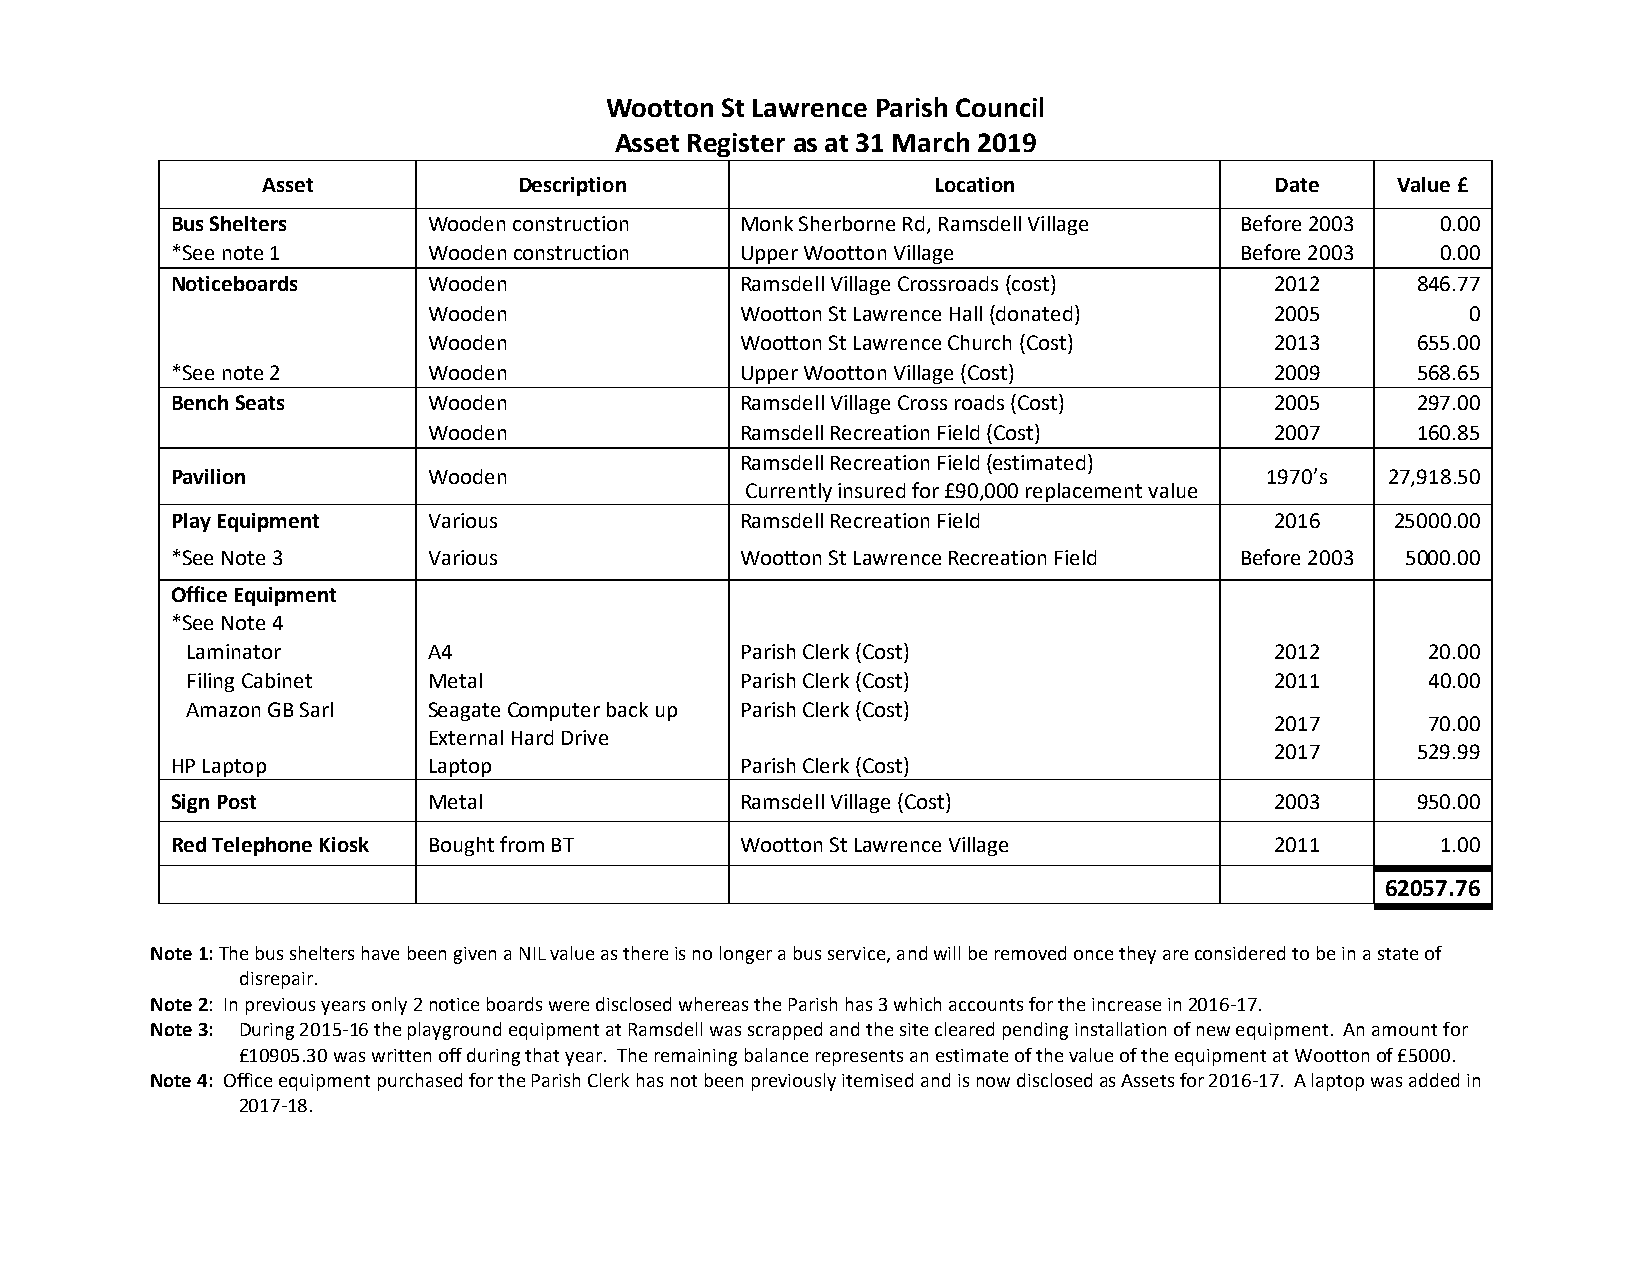
Wootton St Lawrence Parish Council
 Asset Register as at 31 March 2019
 Asset            Description                 Location              Date    Value £
 Bus Shelters     Wooden construction  Monk Sherborne Rd, Ramsdell Village Before 2003 0.00
 *See note 1      Wooden construction  Upper Wootton Village            Before 2003  0.00
 Noticeboards     Wooden               Ramsdell Village Crossroads (cost) 201 2     846.77
 Wooden               Wootton St Lawrence Hall (donated) 2005         0
 Wooden               Wootton St Lawrence Church (Cost)  2013      655.00
 *See note 2      Wooden               Upper Wootton Village (Cost)       2009      568.65
 Bench Seats      Wooden               Ramsdell Village Cross roads (Cost) 2005     297.00
 Wooden               Ramsdell Recreation Field (Cost)   2007      160.85
 Ramsdell Recreation Field (estimated)
 Pavilion         Wooden                                                  1970’s  27,918.50
 Currently insured for £90,000 replacement value
 Play Equipment   Various              Ramsdell Recreation Field          2016    25000.00
 *See Note 3      Various              Wootton St Lawrence Recreation Field Before 2003 5000.00
 Office Equipment
 *See Note 4
 Laminator       A4                   Parish Clerk (Cost)                2012       20.00
 Filing Cabinet  Metal                Parish Clerk (Cost)                2011       40.00
 Amazon GB Sarl  Seagate Computer back up Parish Clerk (Cost)
 2017       70.00
 External Hard Drive
 2017      529.99
 HP Laptop        Laptop               Parish Clerk (Cost)
 Sign Post        Metal                Ramsdell Village (Cost)            2003      950.00
 Red Telephone Kiosk Bought from BT    Wootton St Lawrence Village        2011       1.00
 62057.76
 Note 1: The bus shelters have been given a NIL value as there is no longer a bus service, and will be removed once they are considered to be in a state of
 disrepair.
 Note 2: In previous years only 2 notice boards were disclosed whereas the Parish has 3 which accounts for the increase in 2016-17.
 Note 3: During 2015-16 the playground equipment at Ramsdell was scrapped and the site cleared pending installation of new equipment. An amount for
 £10905.30 was written off during that year. The remaining balance represents an estimate of the value of the equipment at Wootton of £5000.
 Note 4: Office equipment purchased for the Parish Clerk has not been previously itemised and is now disclosed as Assets for 2016-17. A laptop was added in
 2017-18.